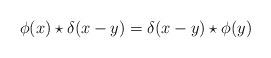
LaTeX: \begin{align*}\phi(x)\star\delta(x-y)=\delta(x-y)\star\phi(y)\end{align*}